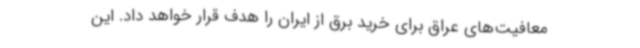
معافیت‌های عراق برای خرید برق از ایران را هدف قرار خواهد داد. این